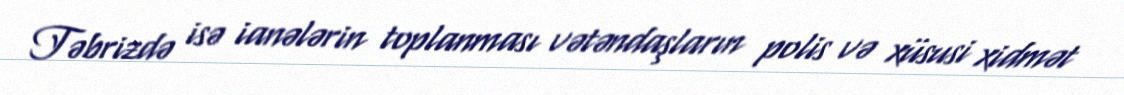
Təbrizdə isə ianələrin toplanması vətəndaşların polis və xüsusi xidmət